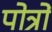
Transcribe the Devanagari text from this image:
पोत्रों